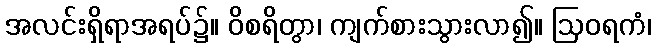
အလင်းရှိရာအရပ်၌။ ဝိစရိတွာ၊ ကျက်စားသွားလာ၍။ ဩဝရကံ၊